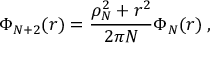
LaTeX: \Phi _ { N + 2 } ( r ) = \frac { \rho _ { N } ^ { 2 } + r ^ { 2 } } { 2 \pi N } \Phi _ { N } ( r ) \: ,